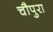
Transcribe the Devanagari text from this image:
चौपुरा